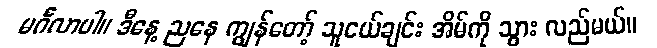
မင်္ဂလာပါ။ ဒီနေ့ ညနေ ကျွန်တော့် သူငယ်ချင်း အိမ်ကို သွား လည်မယ်။